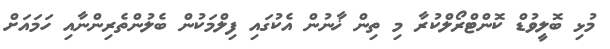
މުޅި ބޮލީވުޑް ކޮންޓްރޯލްކުރާ މި ތިން ޚާނުން އެކުގައި ފިލްމަކުން ބެލުންތެރިންނާއި ހަމައަށް